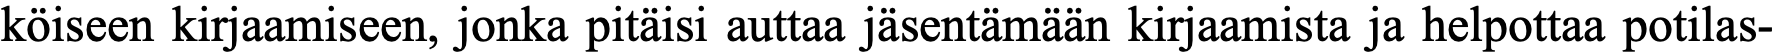
köiseen kirjaamiseen, jonka pitäisi auttaa jäsentämään kirjaamista ja helpottaa potilas-